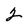
Character: 2